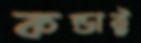
কন্ডাক্ট